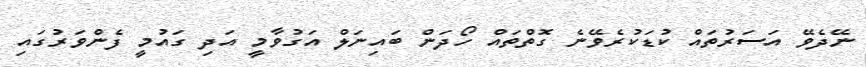
ނޭދެވޭ އަސަރުތައް ކުޑަކުރެވޭނެ ގޮތްތައް ހޯދަން ބައިނަލް އަގުވާމީ އަދި ގައުމީ ފެންވަރުގައި